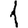
Digit: 1